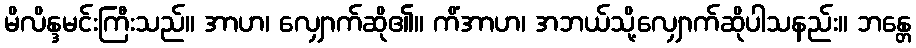
မိလိန္ဒမင်းကြီးသည်။ အာဟ၊ လျှောက်ဆို၏။ ကိံအာဟ၊ အဘယ်သို့လျှောက်ဆိုပါသနည်း။ ဘန္တေ